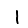
Digit: 1